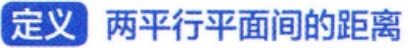
定义 两平行平面间的距离